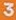
3